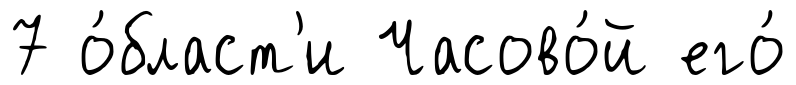
7 о́бласт'и Часово́й его́